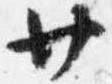
廿